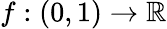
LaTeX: f:(0,1)\to\mathbb{R}